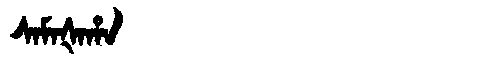
Manchu: ᠰᠠᠮᠠᡧᠠᡥᠠ
Romanization: SAMAŠAHA